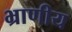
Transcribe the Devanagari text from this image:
भ्राणीय